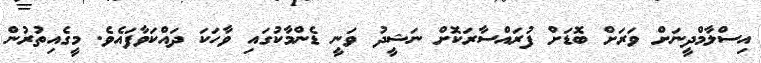
އިސްލާމްދީނަށް ވަރަށް ބޮޑަށް ފުރައްސާރަކޮށް ނަޝީދު ވަނީ ޑެންމާކުގައި ވާހަކަ ދައްކަވާފައެވެ. މީގެއިތުރުން